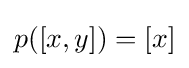
p([x,y])=[x]